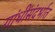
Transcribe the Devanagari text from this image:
गांधींसंदर्भात